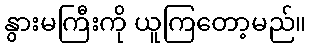
နွားမကြီးကို ယူကြတော့မည်။